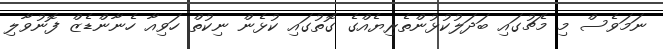
ނަމަވެސް މި މެޗުގައި ބަދަލުކުޅުންތެރިޔެއްގެ ގޮތުގައި ކުޅެން ނިކުތް ހަވިއާ ހެނާންޑެޒް ފޮނުވާލި